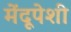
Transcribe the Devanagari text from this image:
मेंदूपेशी